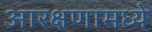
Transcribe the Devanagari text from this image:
आरक्षणामध्ये